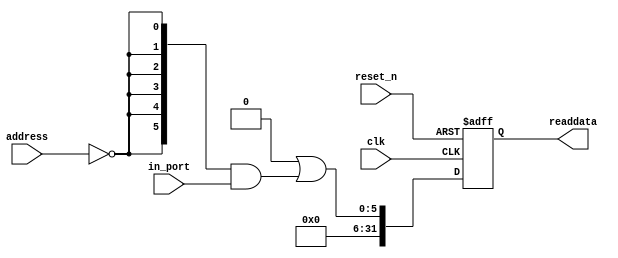
module spw_light_time_out (
                            // inputs:
                             address,
                             clk,
                             in_port,
                             reset_n,

                            // outputs:
                             readdata
                          )
;

  output  [ 31: 0] readdata;
  input   [  1: 0] address;
  input            clk;
  input   [  5: 0] in_port;
  input            reset_n;


wire             clk_en;
wire    [  5: 0] data_in;
wire    [  5: 0] read_mux_out;
reg     [ 31: 0] readdata;
  assign clk_en = 1;
  //s1, which is an e_avalon_slave
  assign read_mux_out = {6 {(address == 0)}} & data_in;
  always @(posedge clk or negedge reset_n)
    begin
      if (reset_n == 0)
          readdata <= 0;
      else if (clk_en)
          readdata <= {32'b0 | read_mux_out};
    end


  assign data_in = in_port;

endmodule